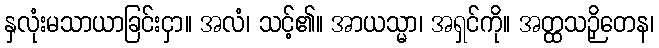
နှလုံးမသာယာခြင်းငှာ။ အလံ၊ သင့်၏။ အာယသ္မာ၊ အရှင်ကို။ အတ္ထသဉှိတေန၊